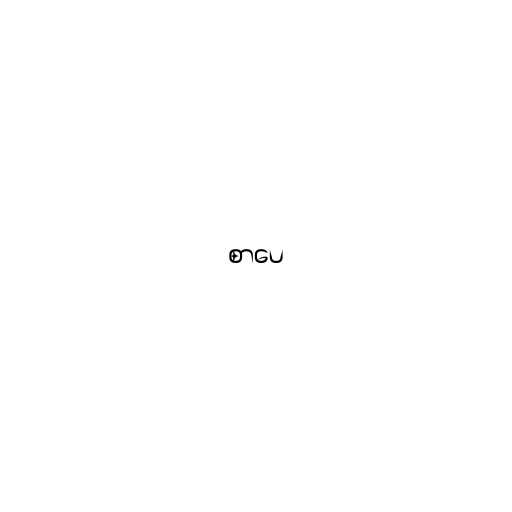
စာပေ